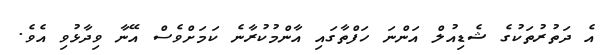
އެ ދަތުރުތަކުގެ ޝެޑިއުލް އަންނަ ހަފްތާގައި އާންމުކުރާނެ ކަމަށްވެސް އޭނާ ވިދާޅުވި އެވެ.